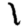
Digit: 1